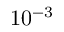
1 0 ^ { - 3 }